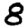
Digit: 8